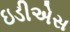
ઇડીએસ